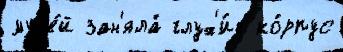
муз'е́й зан'яла́ глух'и́е ко́рпус